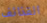
القذائف